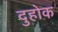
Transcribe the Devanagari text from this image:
दुहोक